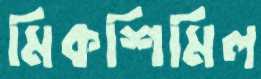
মিকশিমিল